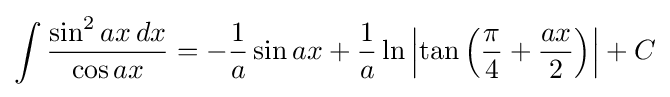
\int {\frac {\sin ^{2}ax\,dx}{\cos ax}}=-{\frac {1}{a}}\sin ax+{\frac {1}{a}}\ln \left|\tan \left({\frac {\pi }{4}}+{\frac {ax}{2}}\right)\right|+C